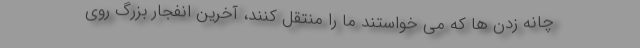
چانه زدن ها که می خواستند ما را منتقل کنند، آخرین انفجار بزرگ روی